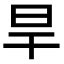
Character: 旱